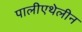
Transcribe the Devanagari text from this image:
पालीएथेलीन